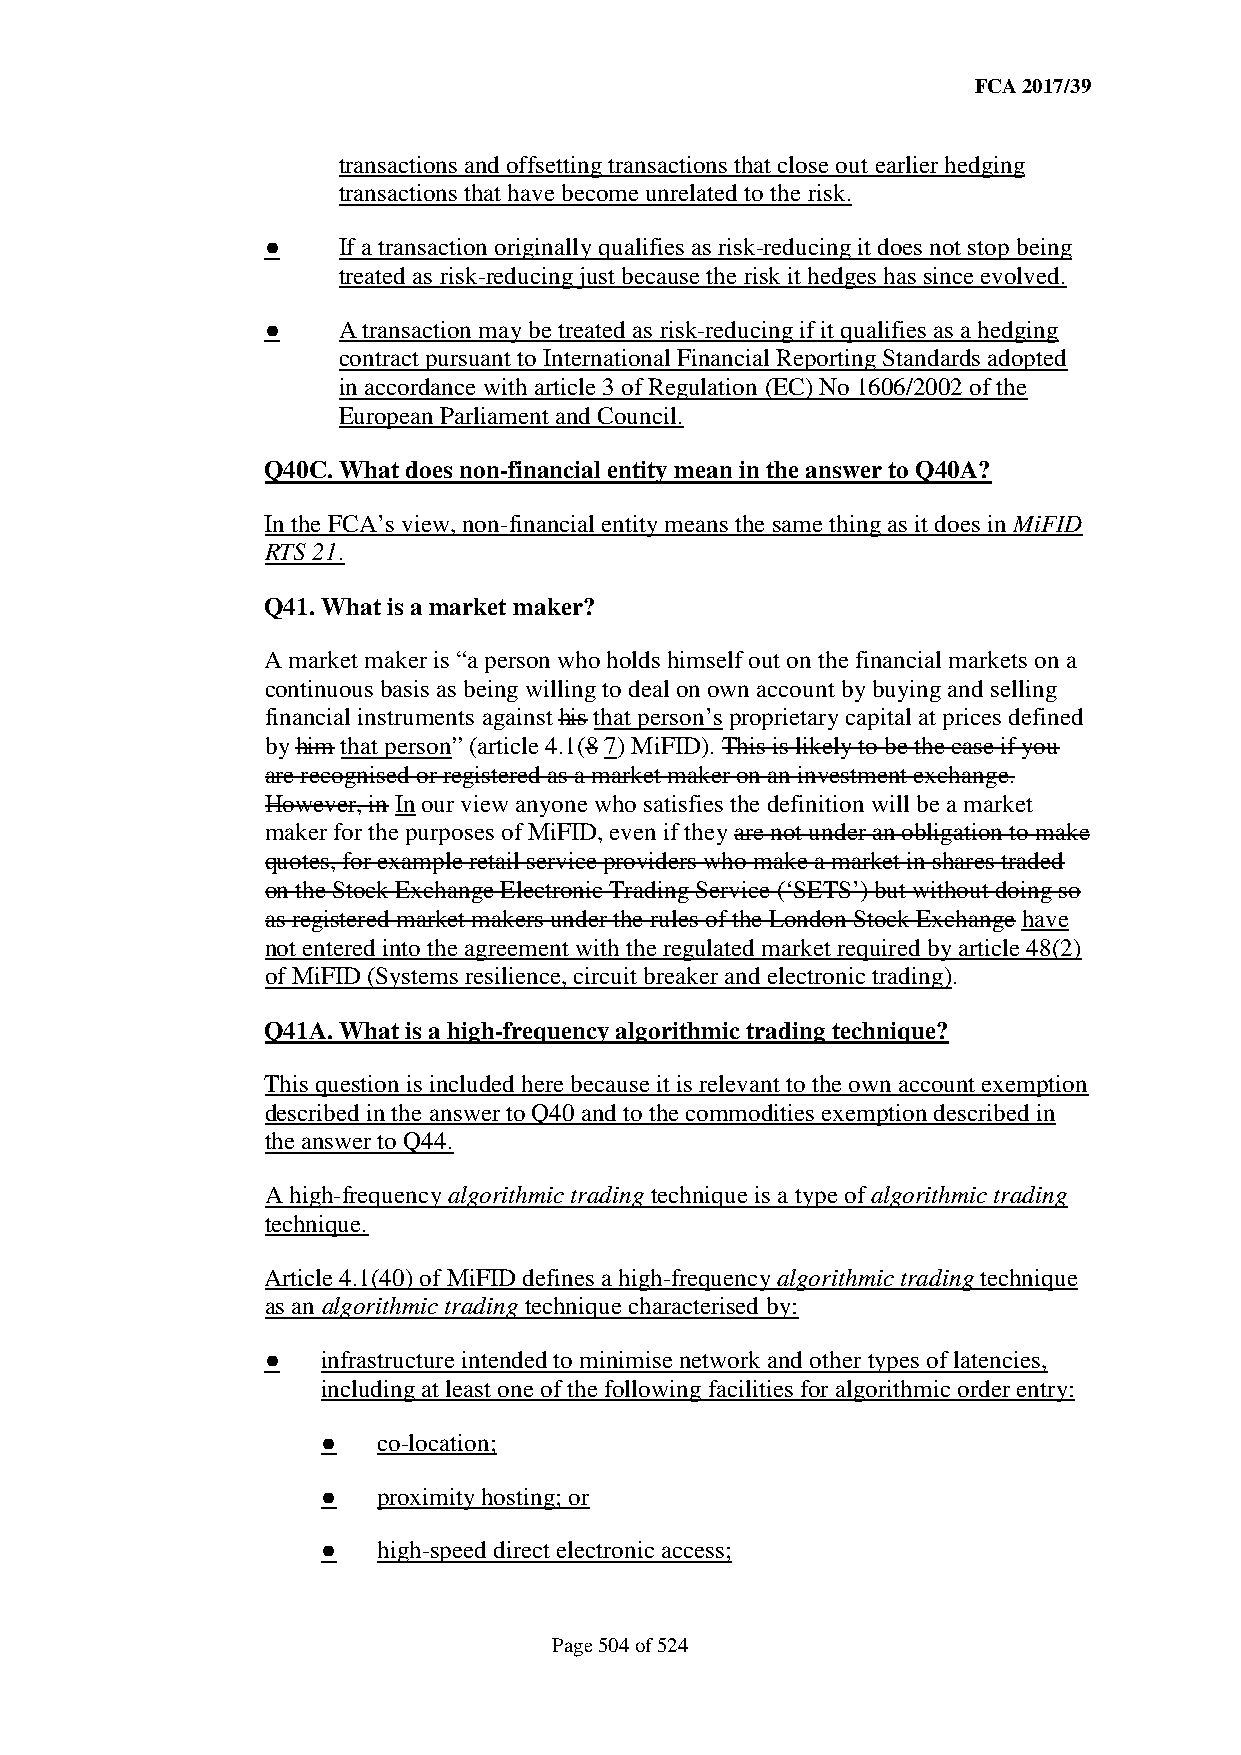
FCA 2017/39
 transactions and offsetting transactions that close out earlier hedging
 transactions that have become unrelated to the risk.
 ●   If a transaction originally qualifies as risk-reducing it does not stop being
 treated as risk-reducing just because the risk it hedges has since evolved.
 ●   A transaction may be treated as risk-reducing if it qualifies as a hedging
 contract pursuant to International Financial Reporting Standards adopted
 in accordance with article 3 of Regulation (EC) No 1606/2002 of the
 European Parliament and Council.
 Q40C. What does non-financial entity mean in the answer to Q40A?
 In the FCA’s view, non-financial entity means the same thing as it does in MiFID
 RTS 21.
 Q41. What is a market maker?
 A market maker is “a person who holds himself out on the financial markets on a
 continuous basis as being willing to deal on own account by buying and selling
 financial instruments against his that person’s proprietary capital at prices defined
 by him that person” (article 4.1(8 7) MiFID). This is likely to be the case if you
 are recognised or registered as a market maker on an investment exchange.
 However, in In our view anyone who satisfies the definition will be a market
 maker for the purposes of MiFID, even if they are not under an obligation to make
 quotes, for example retail service providers who make a market in shares traded
 on the Stock Exchange Electronic Trading Service (‘SETS’) but without doing so
 as registered market makers under the rules of the London Stock Exchange have
 not entered into the agreement with the regulated market required by article 48(2)
 of MiFID (Systems resilience, circuit breaker and electronic trading).
 Q41A. What is a high-frequency algorithmic trading technique?
 This question is included here because it is relevant to the own account exemption
 described in the answer to Q40 and to the commodities exemption described in
 the answer to Q44.
 A high-frequency algorithmic trading technique is a type of algorithmic trading
 technique.
 Article 4.1(40) of MiFID defines a high-frequency algorithmic trading technique
 as an algorithmic trading technique characterised by:
 ●  infrastructure intended to minimise network and other types of latencies,
 including at least one of the following facilities for algorithmic order entry:
 ●   co-location;
 ●   proximity hosting; or
 ●   high-speed direct electronic access;
 Page 504 of 524